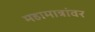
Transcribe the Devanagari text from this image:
महामात्रांवर